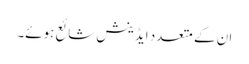
ان کے متعدد ایڈینش شائع ہوئے۔